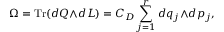
\Omega = \mathrm { T r } ( d Q { \wedge } d L ) = C _ { \cal D } \sum _ { j = 1 } ^ { r } d q _ { j } { \wedge } d p _ { j } ,